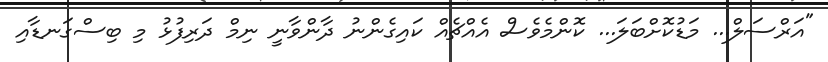
"އަރްސަލް... މަޑުކޮށްބަލަ... ކޮންމެވެސް އެއްޗެއް ކައިގެންނު ދާންވާނީ ނިމް ދަރިފުޅު މި ބިސްގަނޑާއި